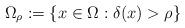
LaTeX: \begin{align*}\Omega_\rho:=\{x\in\Omega:\delta(x)>\rho\}\end{align*}